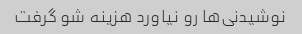
نوشیدنی‌ها رو نیاورد هزینه شو گرفت